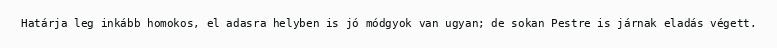
Határja leg inkább homokos, el adasra helyben is jó módgyok van ugyan; de sokan Pestre is járnak eladás végett.